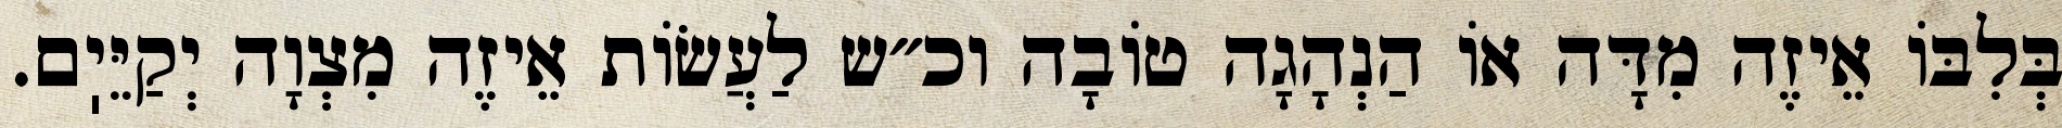
בְּלִבּוֹ אֵיזֶה מִדָּה אוֹ הַנְהָגָה טוֹבָה וכ״ש לַעֲשׂוֹת אֵיזֶה מִצְוָה יְקַיֵּיֽם.